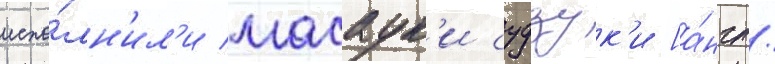
испо́лн'ил'и масаук'и судзук'и [а́нгл.